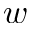
w